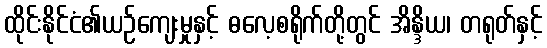
ထိုင်းနိုင်ငံ၏ယဉ်ကျေးမှုနှင့် ဓလေ့စရိုက်တို့တွင် အိန္ဒိယ၊ တရုတ်နှင့်